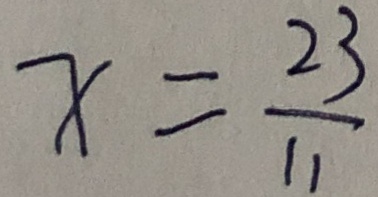
x = \frac { 2 3 } { 1 1 }